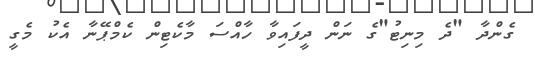
ގެންދާ "ދެ މިނިޓު"ގެ ނަން ދީފައިވާ ހާއްސަ މާކެޓިން ކެމްޕޭނާ އެކު މެގީ